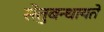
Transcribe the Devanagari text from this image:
सेतुबन्धायते